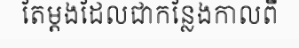
តែម្តងដែលជាកន្លែងកាលពី